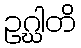
ဥဂ္ဃါတိ